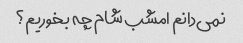
نمی‌دانم امشب شام چه بخوریم؟